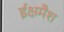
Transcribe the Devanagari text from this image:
ईक्षमैश